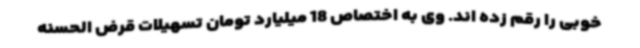
خوبی را رقم زده اند. وی به اختصاص 18 میلیارد تومان تسهیلات قرض الحسنه